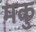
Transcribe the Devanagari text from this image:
मकु